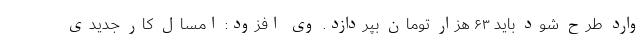
وارد طرح شود باید ۶۳ هزار تومان بپردازد. وی افزود: امسال کار جدیدی